Madras plague regulations and rules - Volume 2
Disease focus: Plague
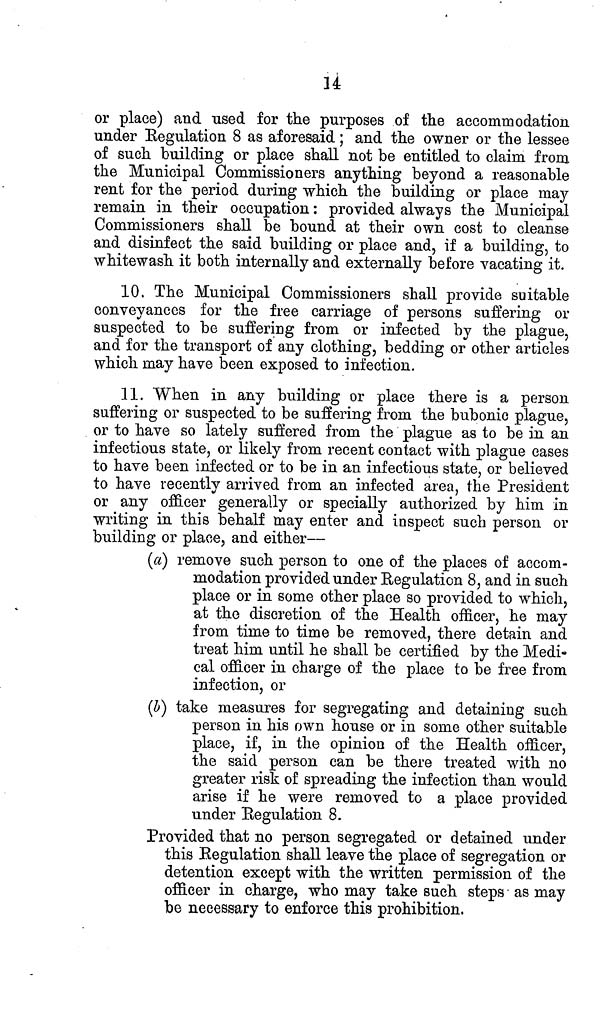
14
or place) and used for the purposes of the accommodation
under Regulation 8 as aforesaid ; and the owner or the lessee
of such building or place shall not be entitled to claim from
the Municipal Commissioners anything beyond a reasonable
rent for the period during which the building or place may
remain in their occupation : provided always the Municipal
Commissioners shall be bound at their own cost to cleanse
and disinfect the said building or place and, if a building, to
whitewash it both internally and externally before vacating it.
10. The Municipal Commissioners shall provide suitable
conveyances for the free carriage of persons suffering or
suspected to be suffering from or infected by the plague,
and for the transport of any clothing, bedding or other articles
which may have been exposed to infection.
11. When in any building or place there is a person
suffering or suspected to be suffering from the bubonic plague,
or to have so lately suffered from the plague as to be in an
infectious state, or likely from recent contact with plague cases
to have been infected or to be in an infectious state, or believed
to have recently arrived from an infected area, the President
or any officer generally or specially authorized by him in
writing in this behalf may enter and inspect such person or
building or place, and either—
(a) remove such person to one of the places of accom-
modation provided under Regulation 8, and in such
place or in some other place so provided to which,
at the discretion of the Health officer, he may
from time to time be removed, there detain and
treat him until he shall be certified by the Medi-
cal officer in charge of the place to be free from
infection, or
(b) take measures for segregating and detaining such
person in his own house or in some other suitable
place, if, in the opinion of the Health officer,
the said person can be there treated with no
greater risk of spreading the infection than would
arise if he were removed to a place provided
under Regulation 8.
Provided that no person segregated or detained under
this Regulation shall leave the place of segregation or
detention except with the written permission of the
officer in charge, who may take such steps as may
be necessary to enforce this prohibition.